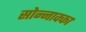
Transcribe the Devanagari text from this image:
सोन्नाक्का